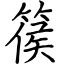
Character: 篌